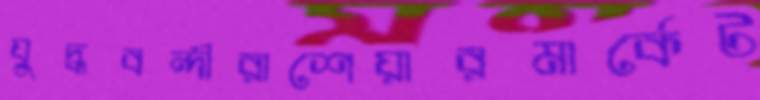
যুদ্ধবন্দীরাশেয়ারমার্কেট